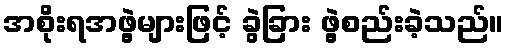
အစိုးရအဖွဲ့များဖြင့် ခွဲခြား ဖွဲ့စည်းခဲ့သည်။